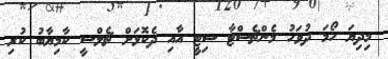
މިދިޔަ ހޯމަ ދުވަހު މެންޗެސްޓާ ސިޓީ އާއި ދެކޮޅަށް ޗެލްސީ ކާމިޔާބު ކުރި